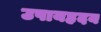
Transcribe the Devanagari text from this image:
उपायहृदय